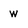
Character: w